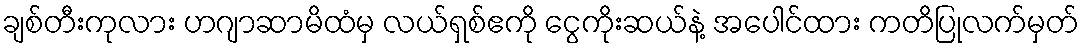
ချစ်တီးကုလား ဟဂျာဆာမိထံမှ လယ်ရှစ်ဧကို ငွေကိုးဆယ်နဲ့ အပေါင်ထား ကတိပြုလက်မှတ်